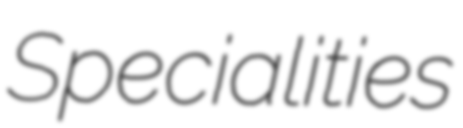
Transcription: Specialities